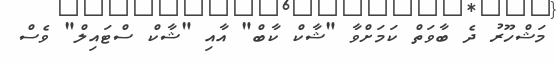
މަޝްހޫރު ދެ ބާވަތް ކަމަށްވާ "ޝާކް ކާބް" އާއި "ޝާކް ސްޓައިލް" ވެސް